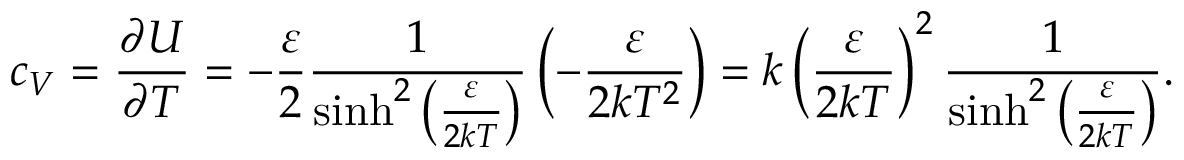
c _ { V } = { \frac { \partial U } { \partial T } } = - { \frac { \varepsilon } { 2 } } { \frac { 1 } { \sinh ^ { 2 } \left( { \frac { \varepsilon } { 2 k T } } \right) } } \left( - { \frac { \varepsilon } { 2 k T ^ { 2 } } } \right) = k \left( { \frac { \varepsilon } { 2 k T } } \right) ^ { 2 } { \frac { 1 } { \sinh ^ { 2 } \left( { \frac { \varepsilon } { 2 k T } } \right) } } .